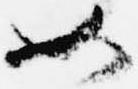
如